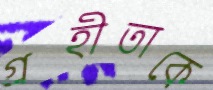
গ্রহীতাকে